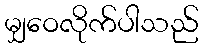
မျှဝေလိုက်ပါသည်